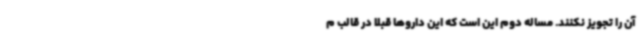
آن را تجویز نکنند. مساله دوم این است که این داروها قبلا در قالب م